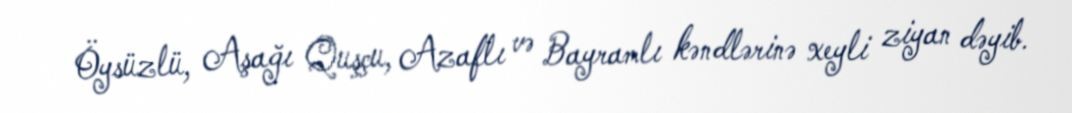
Öysüzlü, Aşağı Quşçu, Azaflı və Bayramlı kəndlərinə xeyli ziyan dəyib.